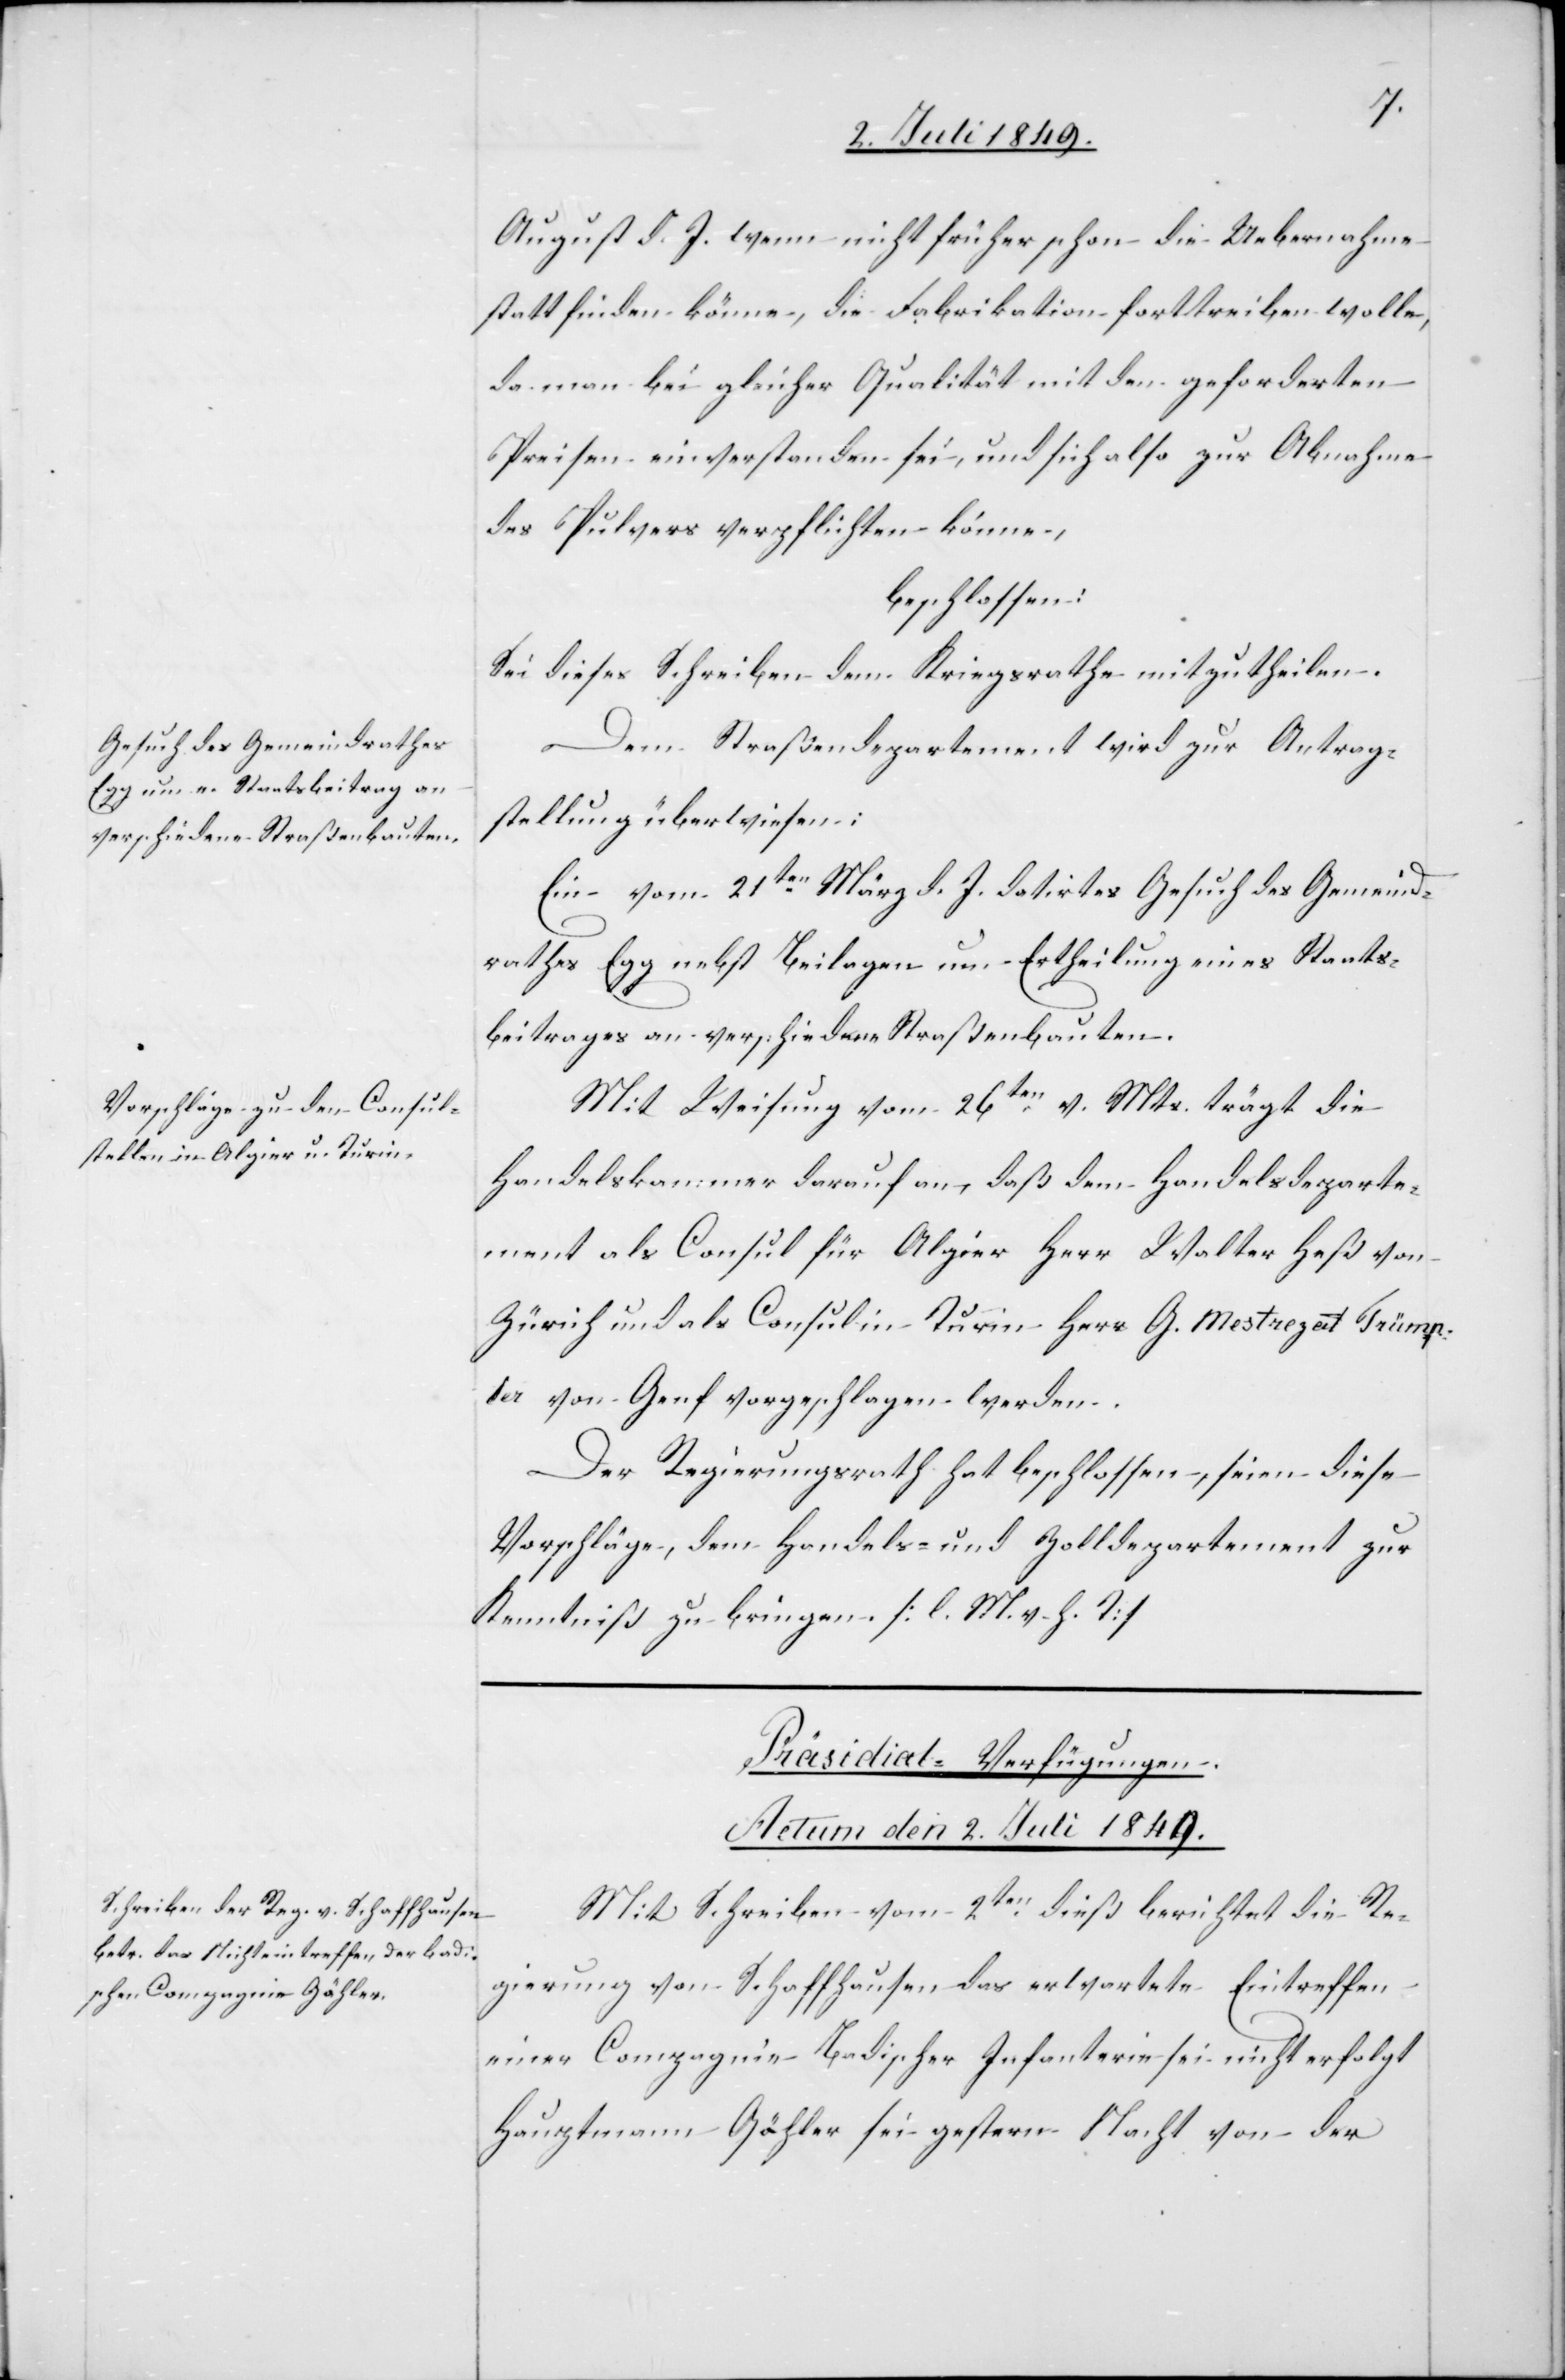
August d. J. wenn nicht früher schon die Uebernahme
statt finden könne, die Fabrikation forttreiben wolle,
da man bei gleicher Qualität mit den geforderten
Preisen einverstanden sei, und sich also zur Abnahme
des Pulvers verpflichten könne,
beschlossen:
Sei dieses Schreiben dem Kriegsrathe mitzutheilen.
Dem Straßendepartement wird zur Antrag¬
stellung überwiesen:
Ein vom 21ten März d. J. datirtes Gesuch des Gemeind¬
rathes Egg nebst Beilagen um Ertheilung eines Staats¬
beitrages an verschiedene Straßenbauten.
Mit Weisung vom 26ten v. Mts. trägt die
Handelskammer darauf an, daß dem Handelsdeparte¬
ment als Consul für Algier Herr Walter Heß von
Zürich und als Consul in Turin Herr G. Mestrezat Trümp¬
ler von Genf vorgeschlagen werden.
Der Regierungsrath hat beschlossen, seien diese
Vorschläge, dem Handels- und Zolldepartement zur
Kenntniß zu bringen. [l. M. h. T]
Präsidial-Verfügungen.
Actum den 2. Juli 1849.
Mit Schreiben vom 2ten dieß berichtet die Re¬
gierung von Schaffhausen das erwartete Eintreffen
einer Compagnie Badischer Infanterie sei nicht erfolgt[.]
Hauptmann Gähler sei gestern Nacht von der